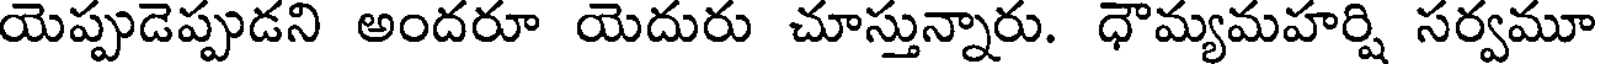
యెప్పుడెప్పుడని అందరూ యెదురు చూస్తున్నారు. ధౌమ్యమహర్షి సర్వమూ